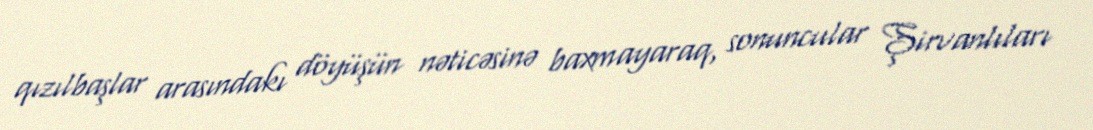
qızılbaşlar arasındakı döyüşün nəticəsinə baxmayaraq, sonuncular Şirvanlıları